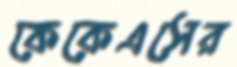
কেকেএসের